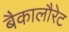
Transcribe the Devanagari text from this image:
बैकालौरेट